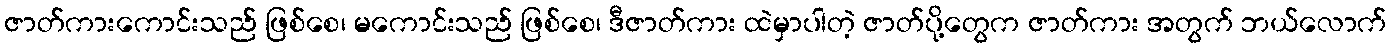
ဇာတ်ကားကောင်းသည် ဖြစ်စေ၊ မကောင်းသည် ဖြစ်စေ၊ ဒီဇာတ်ကား ထဲမှာပါတဲ့ ဇာတ်ပို့တွေက ဇာတ်ကား အတွက် ဘယ်လောက်